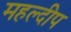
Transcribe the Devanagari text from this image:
महल्दीप